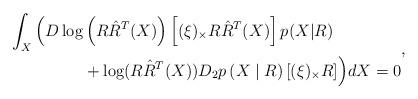
LaTeX: \begin{align*}\begin{aligned}\int_X \Big( D\log & \left( R \hat{R}^T(X) \right) \left[ (\xi)_{\times} R \hat{R}^T(X) \right] p(X|R) \\&+ \log (R \hat{R}^T(X) ) D_2p \left( X\mid R \right) [(\xi)_\times R] \Big) dX = 0\end{aligned},\end{align*}